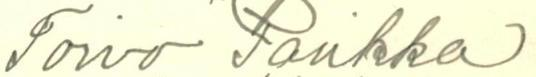
Toivo Parikka